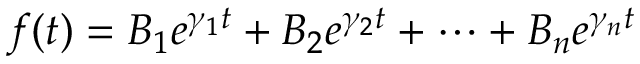
f ( t ) = B _ { 1 } e ^ { \gamma _ { 1 } t } + B _ { 2 } e ^ { \gamma _ { 2 } t } + \cdots + B _ { n } e ^ { \gamma _ { n } t }